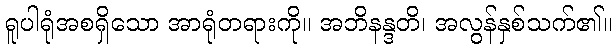
ရူပါရုံအစရှိသော အာရုံတရားကို။ အဘိနန္ဒတိ၊ အလွန်နှစ်သက်၏။